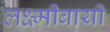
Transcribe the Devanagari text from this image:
लक्ष्मीबायी